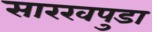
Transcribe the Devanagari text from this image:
सारखपुडा